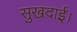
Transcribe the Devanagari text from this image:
सुखदाई।